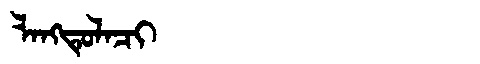
Manchu: ᠯᠠᠩᡨᡠᠯᠠᠴᡳ
Romanization: LANGTULACI